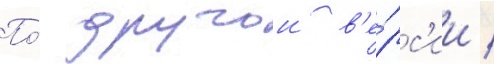
По́ другои в'е́рс'ии /